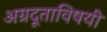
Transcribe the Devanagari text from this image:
अग्रदूताविषयी